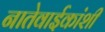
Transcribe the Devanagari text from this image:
नातेवाईकांशी